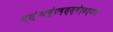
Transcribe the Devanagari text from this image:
द्स्॑अव्॑एव्स्स्वेर्सत्येरेरे